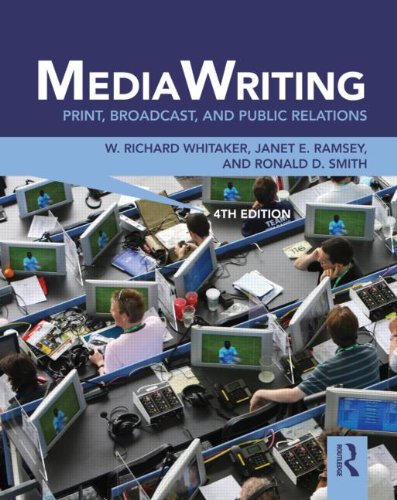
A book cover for MediaWriting: Print, Broadcast, and Public Relations; W. Richard Whitaker; Business & Money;